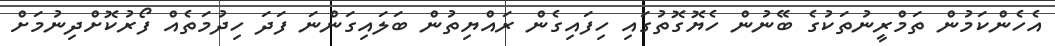
އެހެންކަމުން ތަމްރީނުތަކުގެ ބޭނުން ހެޔޮގޮތުގައި ހިފައިގެން ރައްޔިތުން ބަލައިގަންނަ ފަދަ ހިދުމަތެއް ފޯރުކޮށްދިނުމަށް